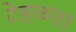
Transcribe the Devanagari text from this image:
टेहळता